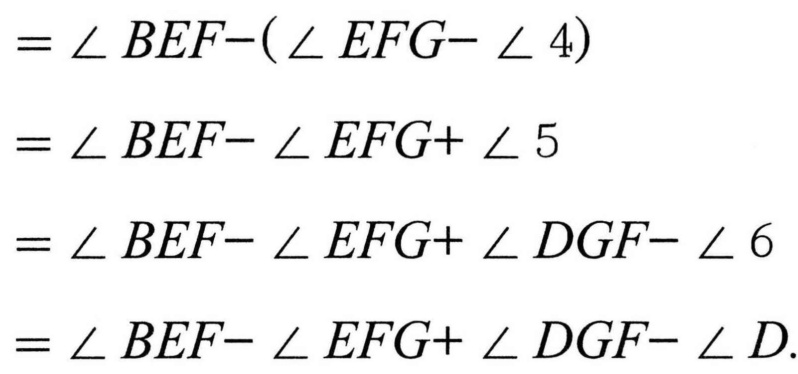
\(=\angle BEF - (\angle EFG - \angle 4)\)
\(=\angle BEF - \angle EFG+\angle 5\)
\(=\angle BEF - \angle EFG+\angle DGF - \angle 6\)
\(=\angle BEF - \angle EFG+\angle DGF - \angle D\).